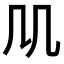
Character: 𠘬